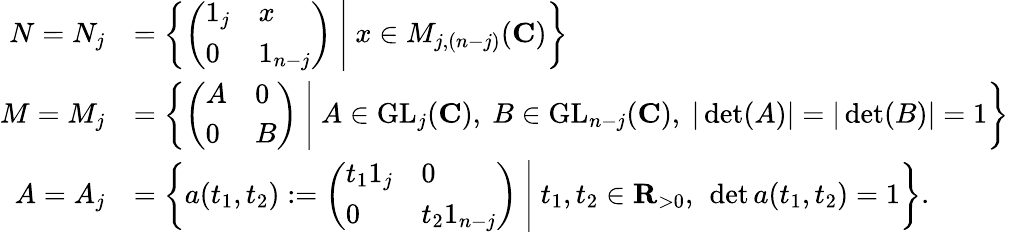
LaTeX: \begin{array}{rl}{N=N_{j}}&{=\left\{ \left.\left(\begin{array}{ll}{1_{j}}&{x}\\ {0}&{1_{n-j}}\end{array}\right)\ \right|\ x\in M_{j,(n-j)}(\mathbf{C})\right\} }\\ {M=M_{j}}&{=\left\{ \left.\left(\begin{array}{ll}{A}&{0}\\ {0}&{B}\end{array}\right)\ \right|\ A\in\mathrm{GL}_{j}(\mathbf{C}),\ B\in\mathrm{GL}_{n-j}(\mathbf{C}),\ |\operatorname*{det}(A)|=|\operatorname*{det}(B)|=1\right\} }\\ {A=A_{j}}&{=\left\{ \left.a(t_{1},t_{2}):=\left(\begin{array}{ll}{t_{1}1_{j}}&{0}\\ {0}&{t_{2}1_{n-j}}\end{array}\right)\ \right|\ t_{1},t_{2}\in\mathbf{R}_{>0},\ \operatorname*{det}a(t_{1},t_{2})=1\right\} .}\end{array}